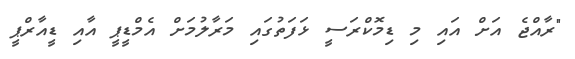
"ރާއްޖެ އަށް އައި މި ޑިމޮކްރަސީ ޅަފަތުގައި މަރާލުމަށް އެމްޑީޕީ އާއި ޑީއާރްޕީ